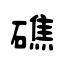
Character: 礁